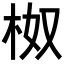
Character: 𭩯